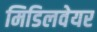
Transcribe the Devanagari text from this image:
मिडिलवेयर